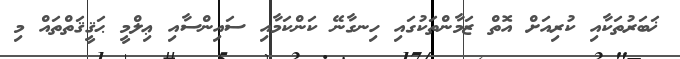
ޚަބަރުތަކާއި ކުރިއަށް އޮތް ޒަމާންތަކުގައި ހިނގާނޭ ކަންކަމާއި ސައިންސާއި ޢިލްމީ ޙަޤީޤަތްތައް މި